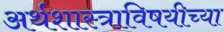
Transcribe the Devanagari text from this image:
अर्थशास्त्राविषयीच्या